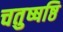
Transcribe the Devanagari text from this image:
चतुष्षष्ठि